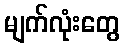
မျက်လုံးတွေ